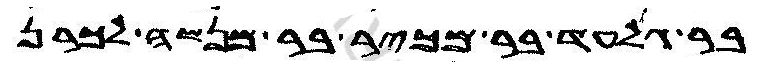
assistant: בר גלעד בר מכיר בר מנשה לכרן